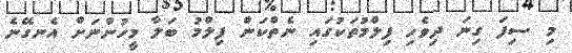
މި ސިފަ ގިނަ ދިވެހި ފިލްމުތަކުގައި ނެތްކަން ފިލްމު ބަލާ މީހުންނަށް އެނގޭނެ